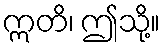
ဣတိ၊ ဤသို့။